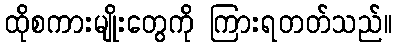
ထိုစကားမျိုးတွေကို ကြားရတတ်သည်။